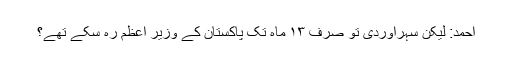
احمد: لیکن سہراوردی تو صرف ۱۳ ماہ تک پاکستان کے وزیر اعظم رہ سکے تھے؟